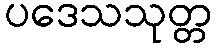
ပဒေသသုတ္တ